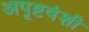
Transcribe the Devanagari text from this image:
अपृष्टवंशी